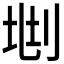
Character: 𠜩